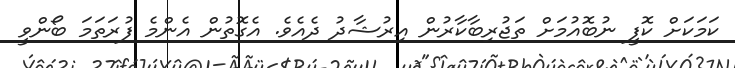
ކަމަކަށް ކޮފީ ނުބޮއުމަށް ތަޖުރިބާކާރުން އިރުޝާދު ދެއެވެ. އެގޮތުން އެންމެ ފުރަތަމަ ބޯންވީ